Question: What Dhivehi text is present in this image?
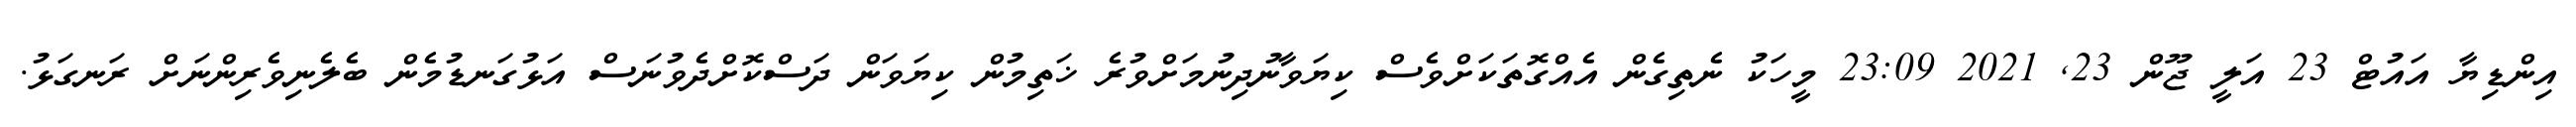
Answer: އިންޑިޔާ އައުޓް 23 އަލީ ޖޫން 23, 2021 23:09 މީހަކު ނެތިގެން އެއްގޮތަކަށްވެސް ކިޔަވާނުދިނުމަށްވުރެ ޚަތިމުން ކިޔަވަން ދަސްކޮށްދެވުނަސް އަޅުގަނޑުމެން ބެލެނިވެރިންނަށް ރަނގަޅު.